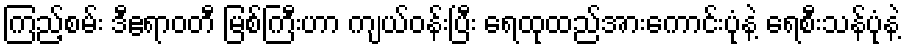
ကြည့်စမ်း ဒီဧရာဝတီ မြစ်ကြီးဟာ ကျယ်ဝန်းပြီး ရေထုထည်အားကောင်းပုံနဲ့ ရေစီးသန်ပုံနဲ့